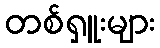
တစ်ရှူးများ